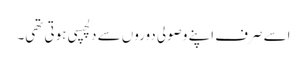
اسے صرف اپنے وصولی دوروں سے دلچسپی ہوتی تھی۔